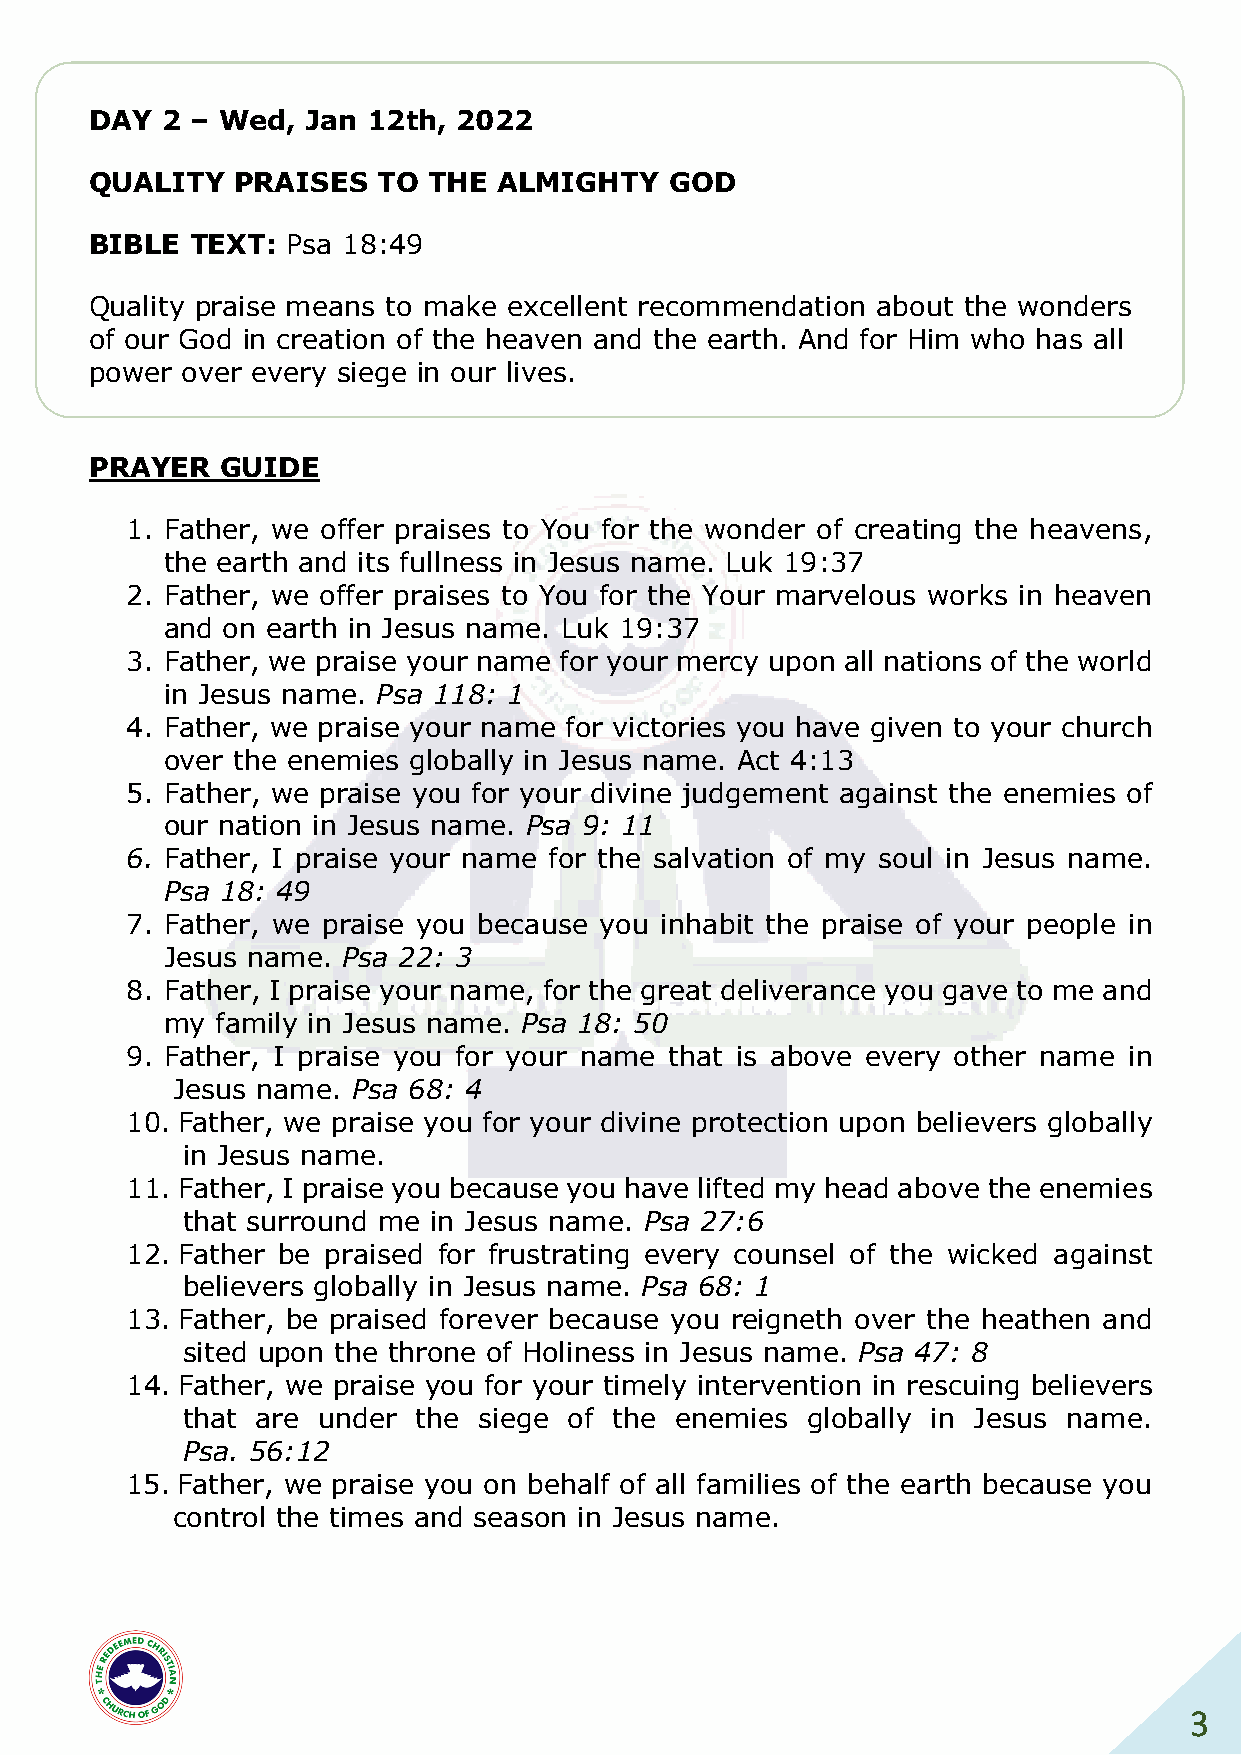
DAY  2 – Wed, Jan 12th, 2022
 QUALITY   PRAISES  TO THE  ALMIGHTY   GOD
 BIBLE  TEXT: Psa 18:49
 Quality praise means to make excellent recommendation about the wonders
 of our God in creation of the heaven and the earth. And for Him who has all
 power over every siege in our lives.
 PRAYER   GUIDE
 1. Father, we offer praises to You for the wonder of creating the heavens,
 the earth and its fullness in Jesus name. Luk 19:37
 2. Father, we offer praises to You for the Your marvelous works in heaven
 and on earth in Jesus name. Luk 19:37
 3. Father, we praise your name for your mercy upon all nations of the world
 in Jesus name. Psa 118: 1
 4. Father, we praise your name for victories you have given to your church
 over the enemies globally in Jesus name. Act 4:13
 5. Father, we praise you for your divine judgement against the enemies of
 our nation in Jesus name. Psa 9: 11
 6. Father, I praise your name for the salvation of my soul in Jesus name.
 Psa 18: 49
 7. Father, we praise you because you inhabit the praise of your people in
 Jesus name. Psa 22: 3
 8. Father, I praise your name, for the great deliverance you gave to me and
 my family in Jesus name. Psa 18: 50
 9. Father, I praise you for your name that is above every other name in
 Jesus name. Psa 68: 4
 10. Father, we praise you for your divine protection upon believers globally
 in Jesus name.
 11. Father, I praise you because you have lifted my head above the enemies
 that surround me in Jesus name. Psa 27:6
 12. Father be praised for frustrating every counsel of the wicked against
 believers globally in Jesus name. Psa 68: 1
 13. Father, be praised forever because you reigneth over the heathen and
 sited upon the throne of Holiness in Jesus name. Psa 47: 8
 14. Father, we praise you for your timely intervention in rescuing believers
 that are under  the siege of the enemies globally in Jesus name.
 Psa. 56:12
 15. Father, we praise you on behalf of all families of the earth because you
 control the times and season in Jesus name.
 3